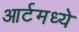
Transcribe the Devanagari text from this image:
आर्टमध्‍ये